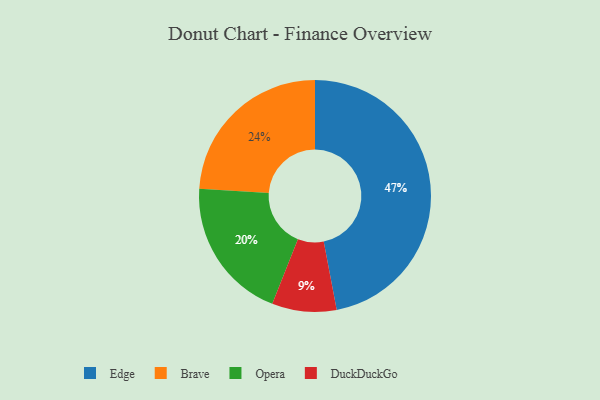
{"axis": {"x": "Category", "y": "Percentage"}, "legend": ["Brave", "DuckDuckGo", "Edge", "Opera"], "data": [{"x": "DuckDuckGo", "y": 9, "type": "DuckDuckGo"}, {"x": "Opera", "y": 20, "type": "Opera"}, {"x": "Brave", "y": 24, "type": "Brave"}, {"x": "Edge", "y": 47, "type": "Edge"}]}